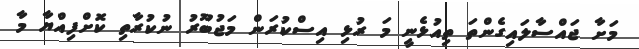
މަށާ ޖައްސާލައިގެންތަ ތިއުޅެނީ މަ ރުޅި އިސްކުރަން މަޖުބޫރު ނުކުރާތި ކޮށްފިއްޔާ މާ